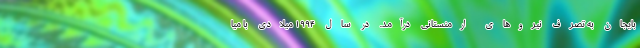
بایجان به تصرف نیروهای ارمنستانی درآمد. در سال ۱۹۹۴ میلادی با میا